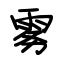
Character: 雾